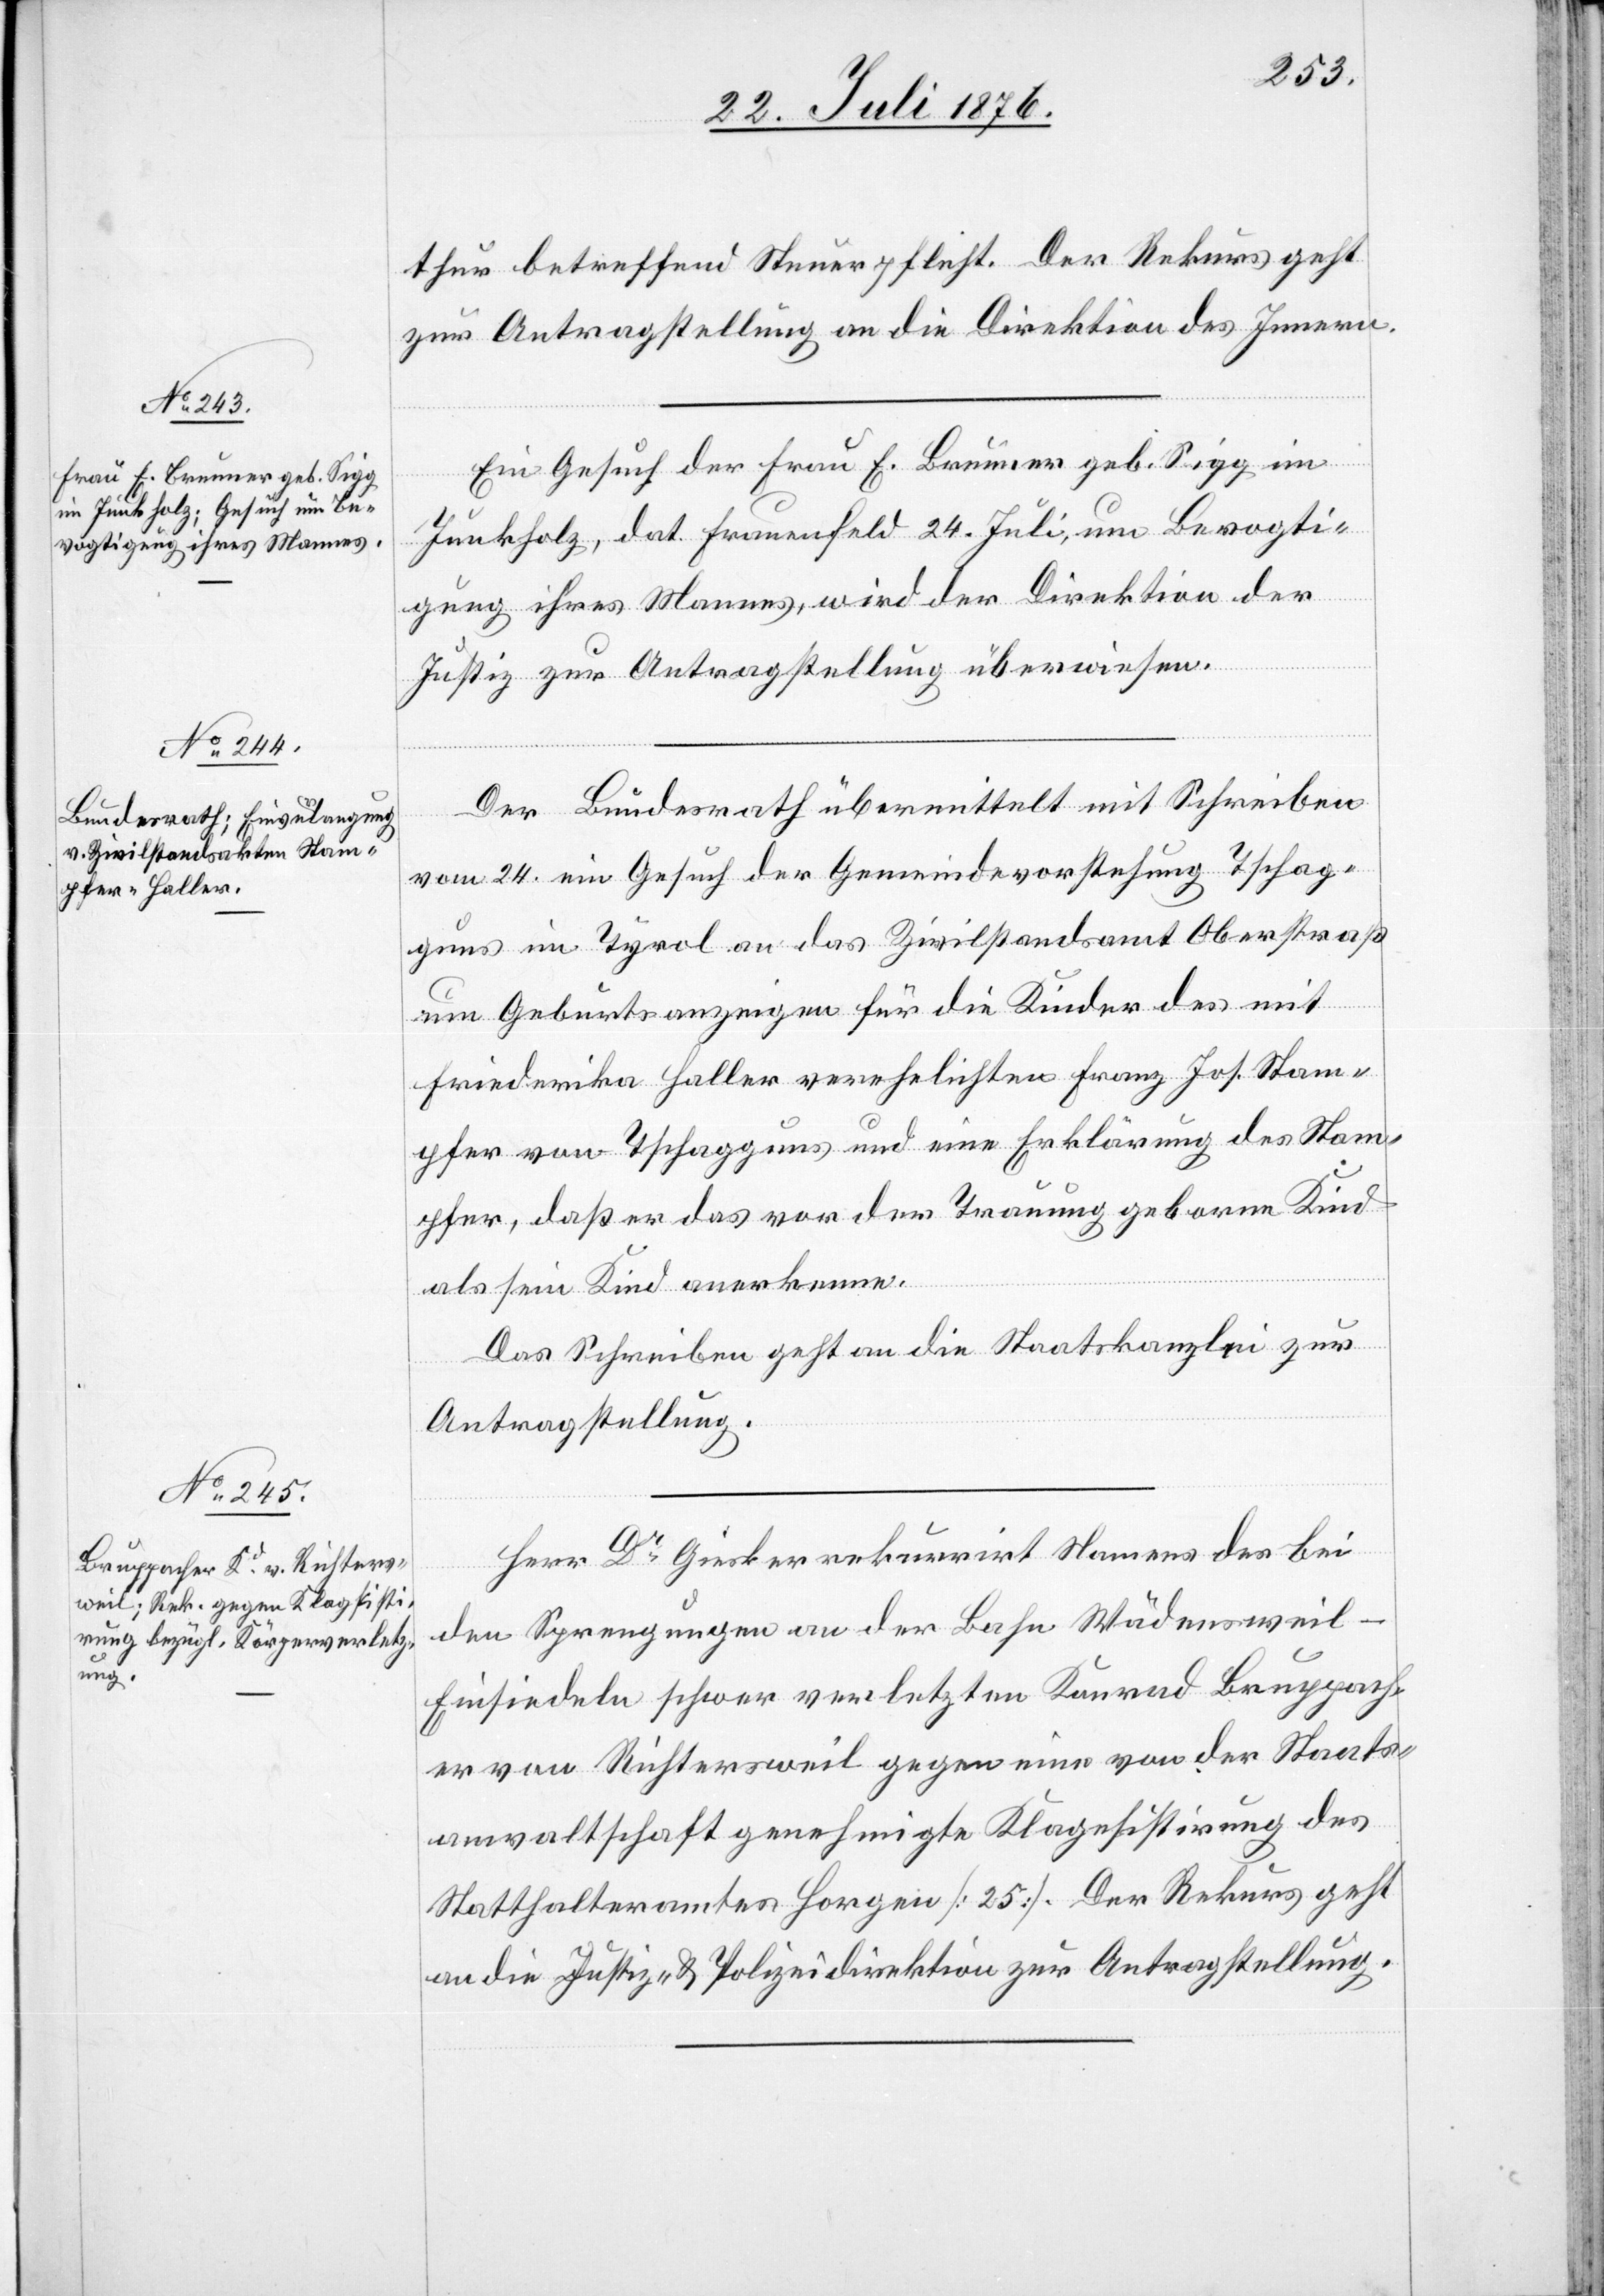
25. Juli 1876.]
thur betreffend Steuerpflicht. Der Rekurs geht
zu Antragstellung an die Direktion des Innern.
Ein Gesuch der Frau E. Brunner geb. Sigg im
Junkholz, dat Frauenfeld 24. Juli, um Bevogti¬
gung ihres Mannes, wird der Direktion der
Polizei] zur Antragstellung überwiesen.
Der Bundesrath übermittelt mit Schreiben
vom 24. ein Gesuch der Gemeindevorstehung Tschag¬
guns im Tyrol an das Zivilstandsamt Oberstraß
um Geburtsanzeigen für die Kinder des mit
Friederika Haller verehelichten Franz Jos. Stam¬
pfer von Tschagguns und eine Erklärung des Stam¬
pfer, daß er das vor der Trauung geborene Kind
als sein Kind anerkenne.
Das Schreiben geht an die Staatskanzlei zur
Antragstellung.
Herr Dr Giesker rekurrirt Namens des bei
den Sprengungen an der Bahn Wädensweil–E¬
insiedeln schwer verletzten Konrad Bruppach¬
er von Richtersweil gegen eine von der Staats¬
anwaltschaft genehmigte Klagesistirung des
Statthalteramtes Horgen [25.]. Der Rekurs geht
an die Justiz- & Polizeidirektion zur Antragstellung.